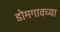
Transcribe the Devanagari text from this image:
डोमगावच्या